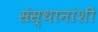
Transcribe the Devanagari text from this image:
संस्थानांशी